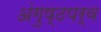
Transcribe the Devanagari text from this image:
अंगुष्ठपर्व